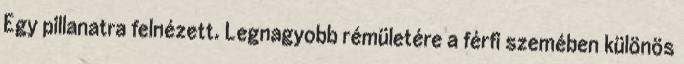
Egy pillanatra felnézett. Legnagyobb rémületére a férfi szemében különös